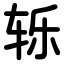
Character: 轹